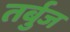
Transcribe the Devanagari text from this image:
तर्बुज